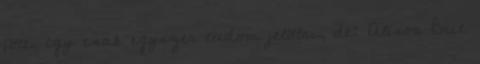
jött, így csak egyszer tudom jelölni, de: Alison Brie